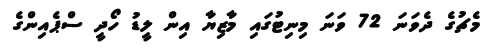
މެޗުގެ ދެވަނަ 72 ވަނަ މިނިޓުގައި މާޒިޔާ އިން ލީޑު ހޯދީ ސްޕެއިންގެ